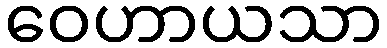
ဝေဟာယသာ